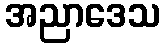
အညာဒေသ